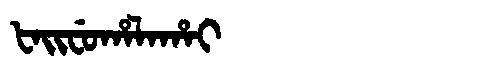
Manchu: ᡶᠠᡳᠸᡠᡥᠠᠯᠠᡥᠠᡳ
Romanization: FAIFUHALAHAI